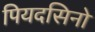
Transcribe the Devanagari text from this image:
पियदसिनो